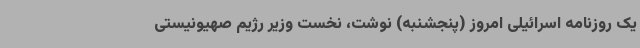
یک روزنامه اسرائیلی امروز (پنجشنبه) نوشت، نخست وزیر رژیم صهیونیستی